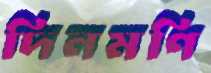
দিনমণি